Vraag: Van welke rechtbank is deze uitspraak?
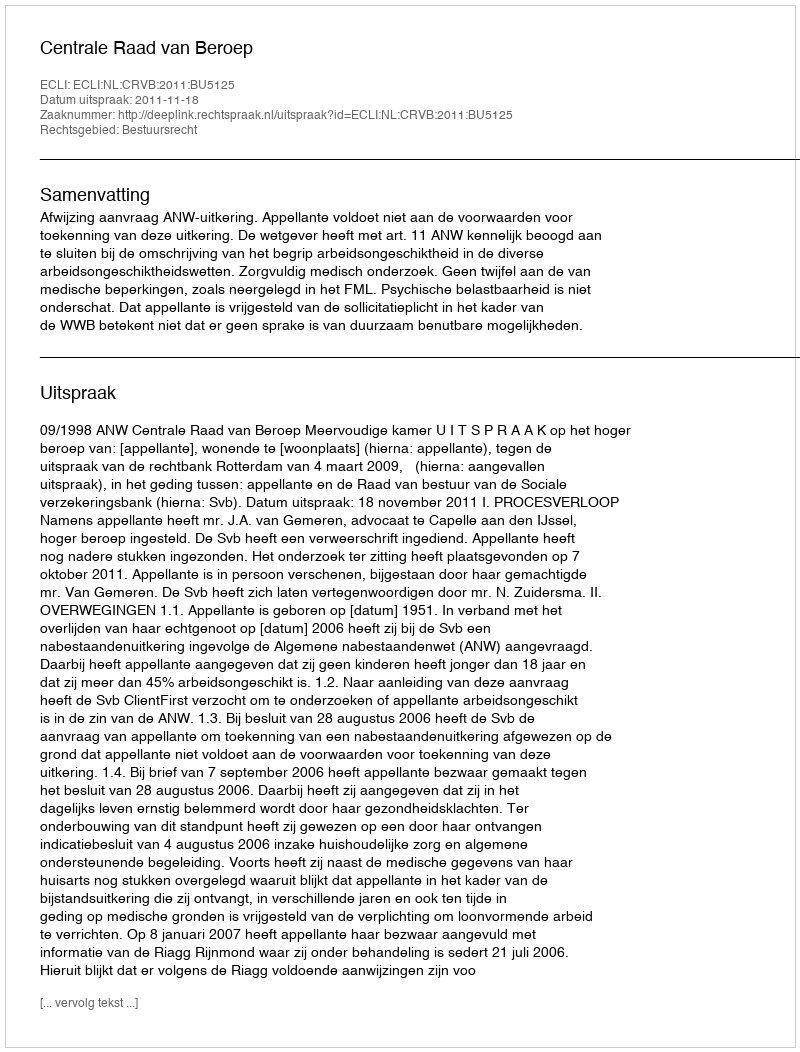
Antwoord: Centrale Raad van Beroep